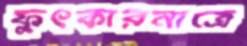
ফুৎকারমাত্রে